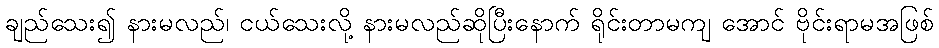
ချည်သေး၍ နားမလည်၊ ငယ်သေးလို့ နားမလည်ဆိုပြီးနောက် ရိုင်းတာမကျ အောင် ဗိုင်းရာမအဖြစ်